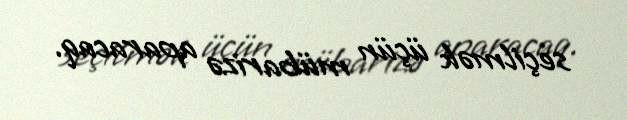
seçilmək üçün mübarizə aparacaq.